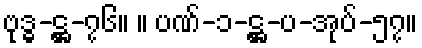
ဗုဒ္ဓ-ဋ္ဌ-၇၆။ ။ ပဏ်-၁-ဋ္ဌ-ပ-အုပ်-၅၇။